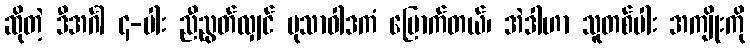
ဆိုတဲ့ ဒီအင်္ဂါ ၄-ပါး ညီညွတ်လျှင် မုသာဝါဒကံ မြောက်တယ်၊ အဲဒါဟာ သူတစ်ပါး အကျိုးကို